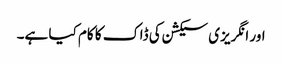
اور انگریزی سیکشن کی ڈاک کا کام کیا ہے۔